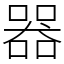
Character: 器